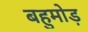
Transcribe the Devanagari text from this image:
बहुमोड़